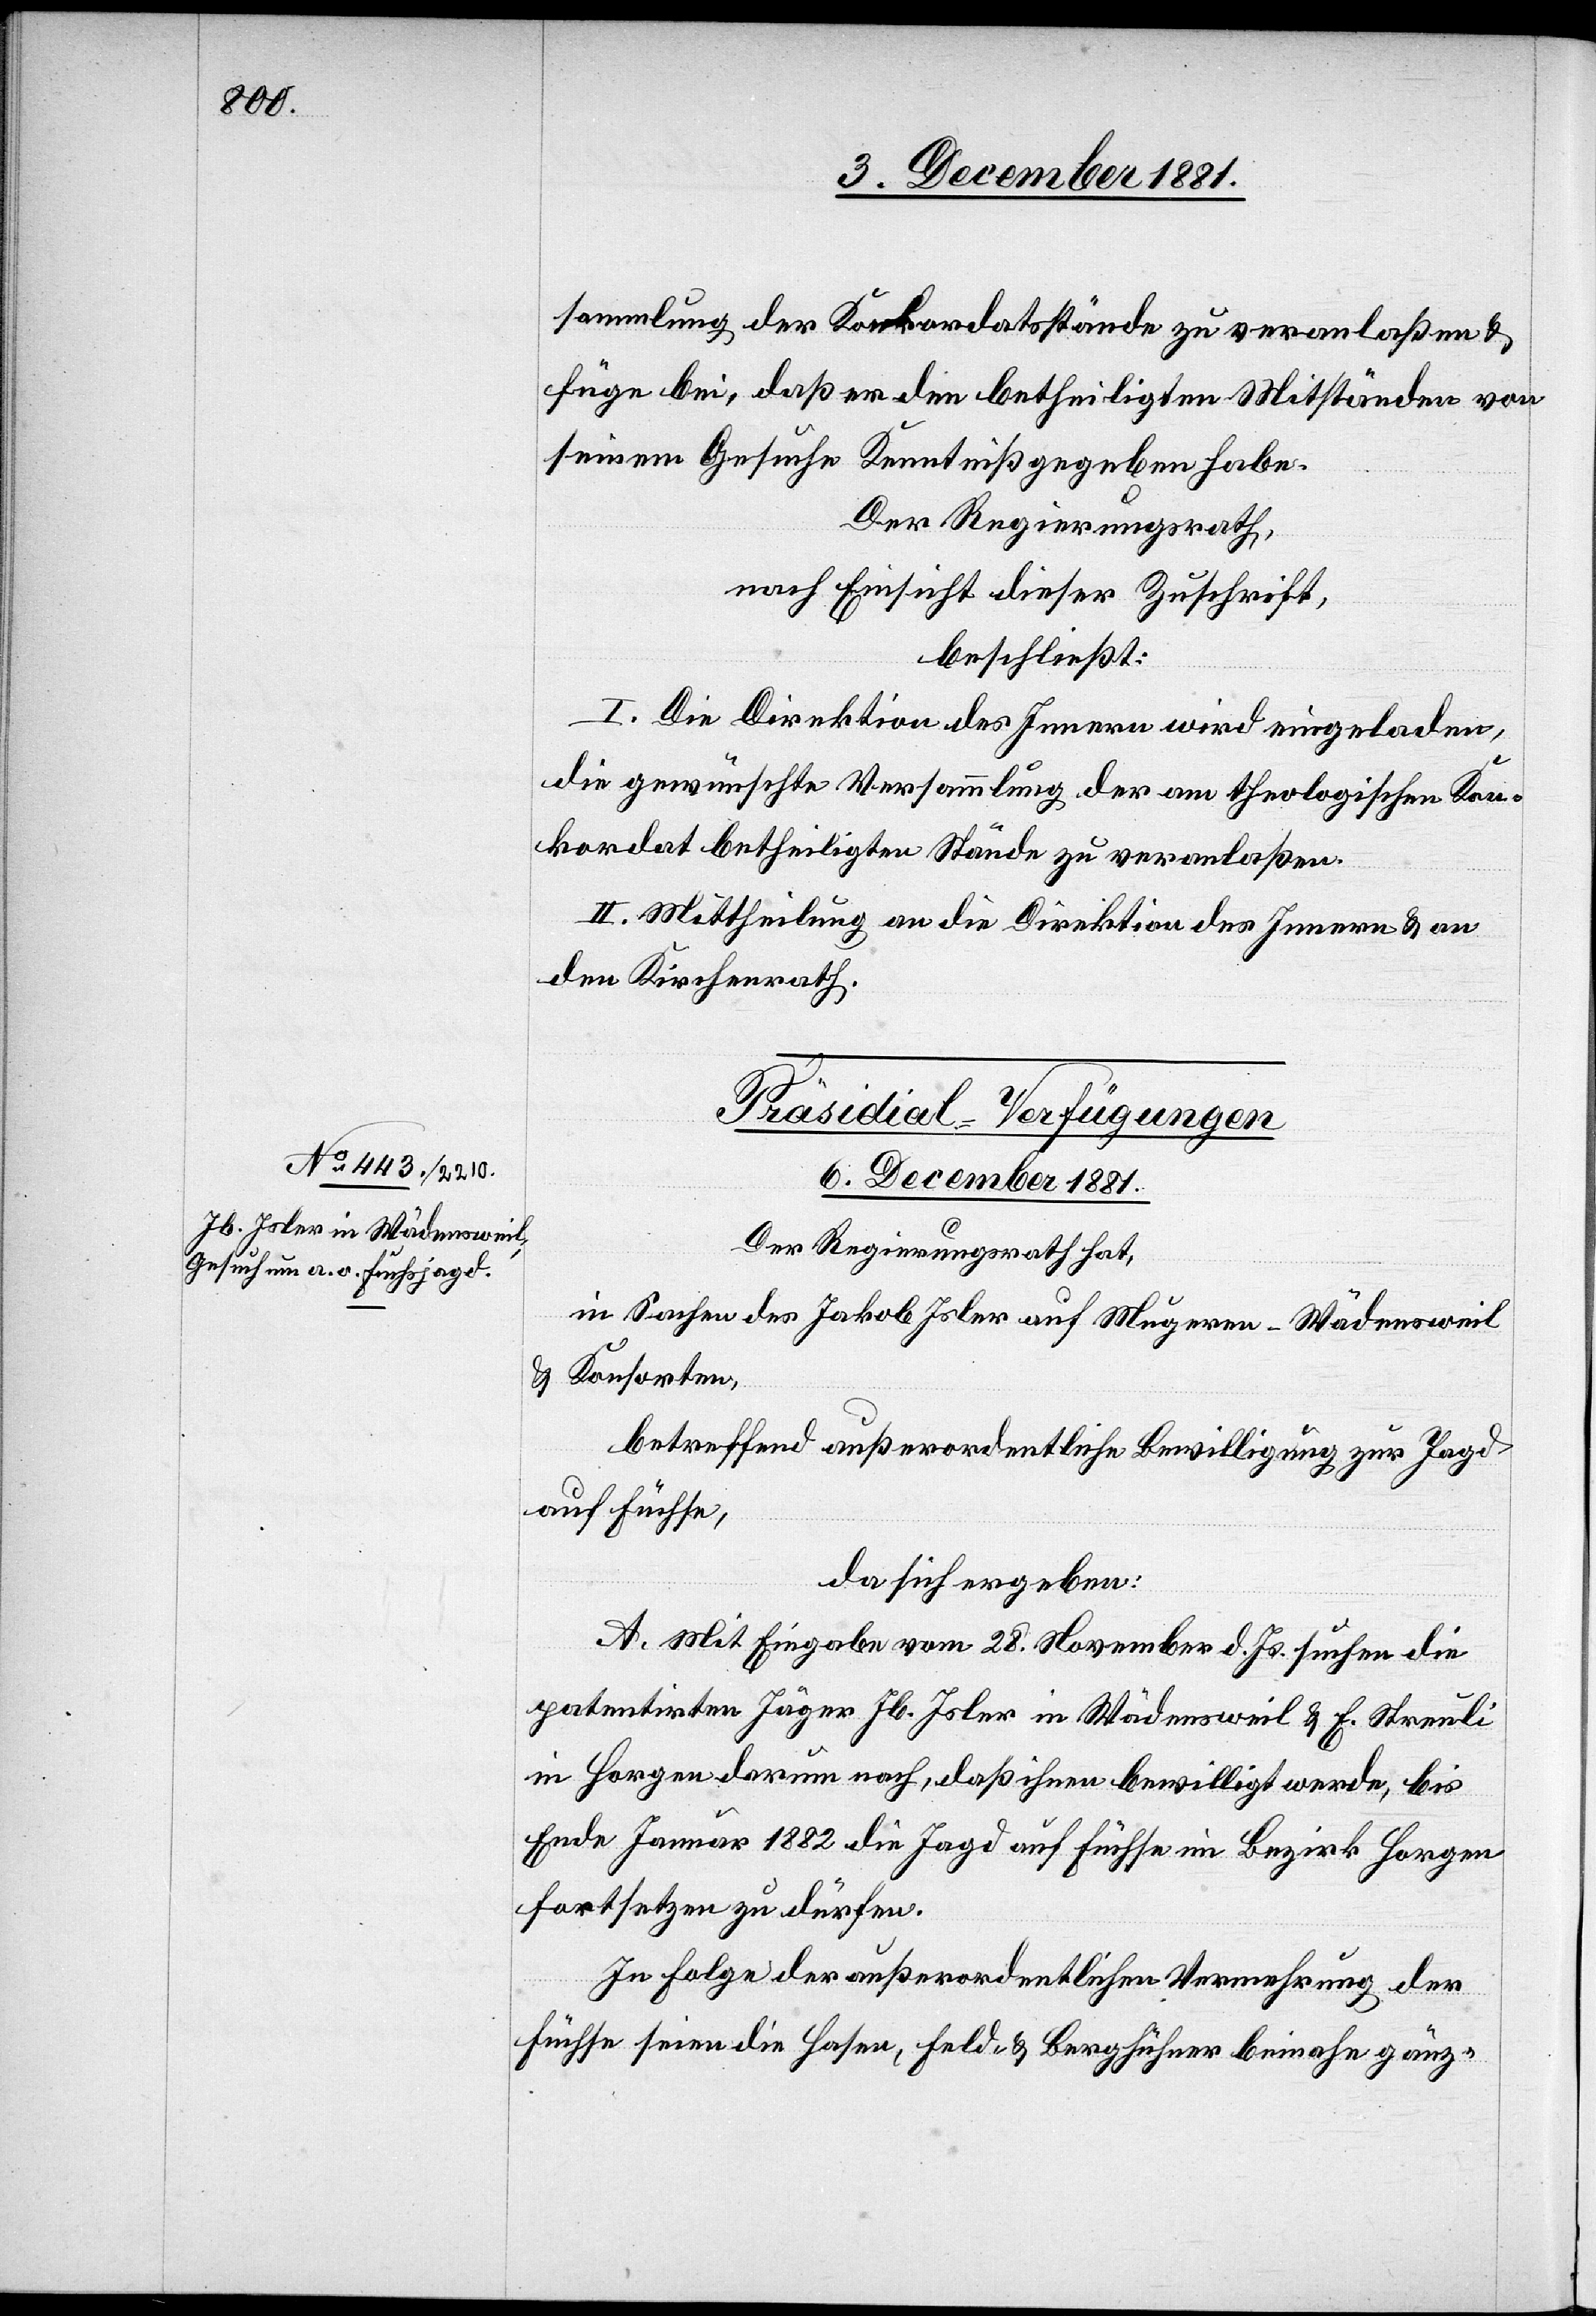
sammlung der Konkordatsstände zu veranlaßen &
füge bei, daß er den betheiligten Mitständen von
seinem Gesuche Kenntniß gegeben habe.
Der Regierungsrath,
nach Einsicht dieser Zuschrift,
beschließt:
I. Die Direktion des Innern wird eingeladen,
die gewünschte Versammlung der am theologischen Kon¬
kordat betheiligten Stände zu veranlaßen.
II. Mittheilung an die Direktion des Innern & an
den Kirchenrath.
Präsidial-Verfügungen
6. December 1881.
Der Regierungsrath hat,
in Sachen des Jakob Isler auf Mugeren - Wädensweil
& Konsorten,
betreffend außerordentliche Bewilligung zur Jagd
auf Füchse,
da sich ergeben:
A. Mit Eingabe vom 28. November d. Js. suchen die
patentirten Jäger Jb. Isler in Wädensweil & F. Streuli
in Horgen darum nach, daß ihnen bewilligt werde, bis
Ende Januar 1882 die Jagd auf Füchse im Bezirk Horgen
fortsetzen zu dürfen.
In Folge der außerordentlichen Vermehrung der
Füchse seien die Hasen, Feld- & Berghühner beinahe gänz-